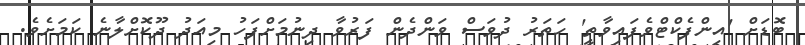
ބޮޑަށް 'އިންފެކްޓްވެފައިވާތީ' ހަތަރު ދުވަސް ވަންދެން ފަރުވާ ދިނުމަށްފަހު މިއަދު ދޫކޮށްލާނެ ކަމަށެވެ.